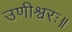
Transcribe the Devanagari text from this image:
उणीश्वरः॥